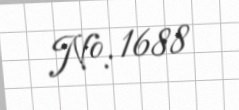
№: 1688